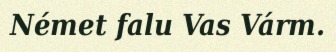
Német falu Vas Várm.